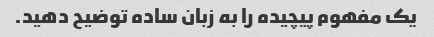
یک مفهوم پیچیده را به زبان ساده توضیح دهید.